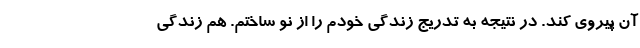
آن پیروی کند. در نتیجه به تدریج زندگی خودم را از نو ساختم. هم زندگی